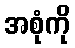
အစုံကို